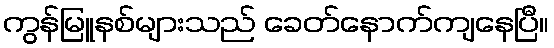
ကွန်မြူနစ်များသည် ခေတ်နောက်ကျနေပြီ။